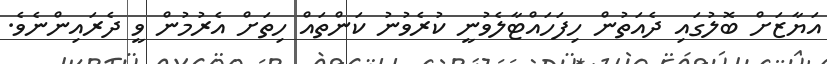
އަޔާޒަށް ބޮލުގައި ދެއަތުން ހިފަހައްޓާލެވުނީ ކުރެވުނު ކަންތައް ހިތަށް އެރުމުން ވީ ދެރައިންނެވެ.